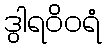
ဒွါရဝိဝရံ